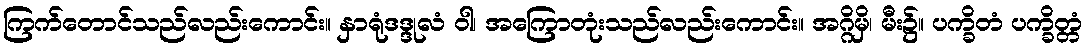
ကြက်တောင်သည်လည်းကောင်း။ နှာရုံဒဒ္ဒုလံ ဝါ၊ အကြောတုံးသည်လည်းကောင်း။ အဂ္ဂိမှိ၊ မီး၌။ ပက္ခိတံ ပက္ခိတ္တံ